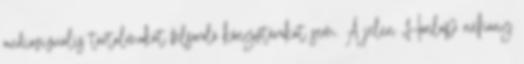
audiovizuális tartalmakat felsoroló könyvtárakat sem. A jelen Honlap néhány